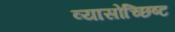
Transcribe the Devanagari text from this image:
व्यासोच्छिष्ट